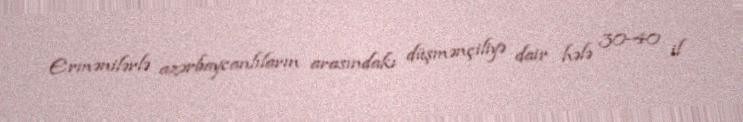
Ermənilərlə azərbaycanlıların arasındakı düşmənçiliyə dair hələ 30-40 il